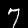
Label: 7